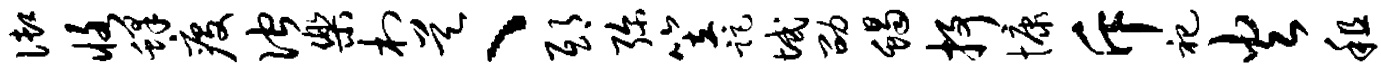
御恪蜂疫伫乐村昊、邸弥笠距域劭蝎抒慷斥祀火租